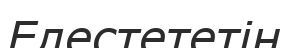
Елестететін